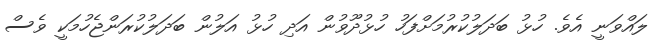
ލައްވަނީ އެވެ. ހުޅު ބަދަލުކުރުމަށްފަހު ހުޅުދޫވުން އަދި ހުޅު އަލުން ބަދަލުކުރަންޖެހުމަކީ ވެސް